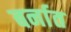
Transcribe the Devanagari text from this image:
बर्नात